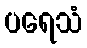
ပရေသံ